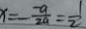
x = - \frac { - a } { 2 a } = \frac { 1 } { 2 }